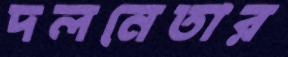
দলনেতার